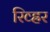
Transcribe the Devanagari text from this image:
रिव्ह्रर